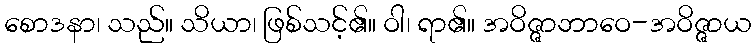
စောဒနာ၊ သည်။ သိယာ၊ ဖြစ်သင့်၏။ ဝါ၊ ရာ၏။ အဝိဇ္ဇာဘာဝေ-အဝိဇ္ဇာယ